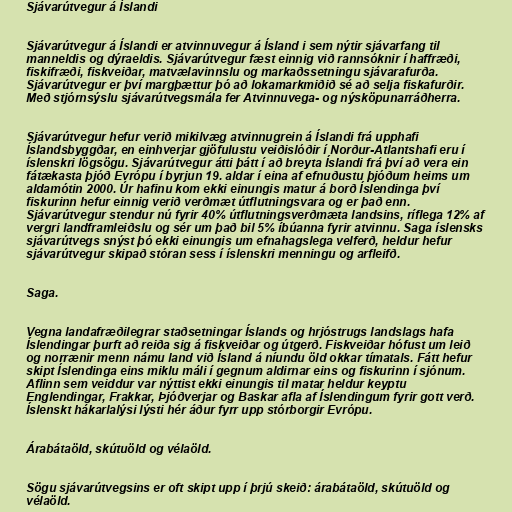
Sjávarútvegur á Íslandi

Sjávarútvegur á Íslandi er atvinnuvegur á Ísland i sem nýtir sjávarfang til
manneldis og dýraeldis. Sjávarútvegur fæst einnig við rannsóknir í haffræði,
fiskifræði, fiskveiðar, matvælavinnslu og markaðssetningu sjávarafurða.
Sjávarútvegur er því margþættur þó að lokamarkmiðið sé að selja fiskafurðir.
Með stjórnsýslu sjávarútvegsmála fer Atvinnuvega- og nýsköpunarráðherra.

Sjávarútvegur hefur verið mikilvæg atvinnugrein á Íslandi frá upphafi
Íslandsbyggðar, en einhverjar gjöfulustu veiðislóðir í Norður-Atlantshafi eru í
íslenskri lögsögu. Sjávarútvegur átti þátt í að breyta Íslandi frá því að vera ein
fátækasta þjóð Evrópu í byrjun 19. aldar í eina af efnuðustu þjóðum heims um
aldamótin 2000. Úr hafinu kom ekki einungis matur á borð Íslendinga því
fiskurinn hefur einnig verið verðmæt útflutningsvara og er það enn.
Sjávarútvegur stendur nú fyrir 40% útflutningsverðmæta landsins, ríflega 12% af
vergri landframleiðslu og sér um það bil 5% íbúanna fyrir atvinnu. Saga íslensks
sjávarútvegs snýst þó ekki einungis um efnahagslega velferð, heldur hefur
sjávarútvegur skipað stóran sess í íslenskri menningu og arfleifð.

Saga.

Vegna landafræðilegrar staðsetningar Íslands og hrjóstrugs landslags hafa
Íslendingar þurft að reiða sig á fiskveiðar og útgerð. Fiskveiðar hófust um leið
og norrænir menn námu land við Ísland á níundu öld okkar tímatals. Fátt hefur
skipt Íslendinga eins miklu máli í gegnum aldirnar eins og fiskurinn í sjónum.
Aflinn sem veiddur var nýttist ekki einungis til matar heldur keyptu
Englendingar, Frakkar, Þjóðverjar og Baskar afla af Íslendingum fyrir gott verð.
Íslenskt hákarlalýsi lýsti hér áður fyrr upp stórborgir Evrópu.

Árabátaöld, skútuöld og vélaöld.

Sögu sjávarútvegsins er oft skipt upp í þrjú skeið: árabátaöld, skútuöld og
vélaöld.